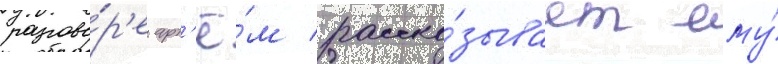
разгово́р'е арт'ё́м расска́зывает ему́